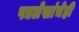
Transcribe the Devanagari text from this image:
पद्यलेखांचेही